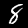
Digit: 8